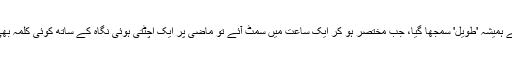
ایک زندگی جسے ہمیشہ 'طویل' سمجھا گیا، جب مختصر ہو کر ایک ساعت میں سمٹ آئے تو ماضی پر ایک اچٹتی ہوئی نگاہ کے ساتھ کوئی کلمہ بھی ادا ہو جاتا ہے۔